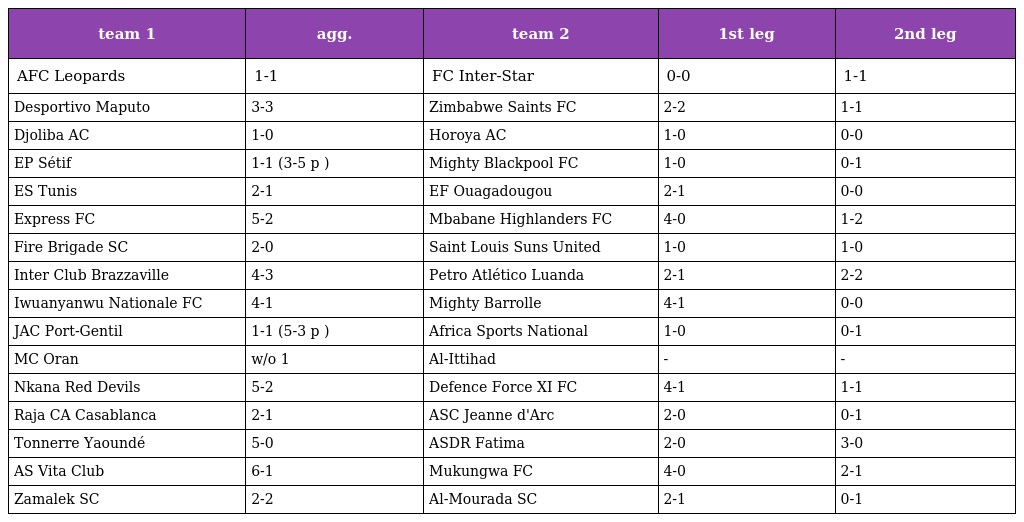
| team 1 | agg. | team 2 | 1st leg | 2nd leg |
 | --- | --- | --- | --- | --- |
 | AFC Leopards | 1-1 | FC Inter-Star | 0-0 | 1-1 |
 | Desportivo Maputo | 3-3 | Zimbabwe Saints FC | 2-2 | 1-1 |
 | Djoliba AC | 1-0 | Horoya AC | 1-0 | 0-0 |
 | EP Sétif | 1-1 (3-5 p ) | Mighty Blackpool FC | 1-0 | 0-1 |
 | ES Tunis | 2-1 | EF Ouagadougou | 2-1 | 0-0 |
 | Express FC | 5-2 | Mbabane Highlanders FC | 4-0 | 1-2 |
 | Fire Brigade SC | 2-0 | Saint Louis Suns United | 1-0 | 1-0 |
 | Inter Club Brazzaville | 4-3 | Petro Atlético Luanda | 2-1 | 2-2 |
 | Iwuanyanwu Nationale FC | 4-1 | Mighty Barrolle | 4-1 | 0-0 |
 | JAC Port-Gentil | 1-1 (5-3 p ) | Africa Sports National | 1-0 | 0-1 |
 | MC Oran | w/o 1 | Al-Ittihad | - | - |
 | Nkana Red Devils | 5-2 | Defence Force XI FC | 4-1 | 1-1 |
 | Raja CA Casablanca | 2-1 | ASC Jeanne d'Arc | 2-0 | 0-1 |
 | Tonnerre Yaoundé | 5-0 | ASDR Fatima | 2-0 | 3-0 |
 | AS Vita Club | 6-1 | Mukungwa FC | 4-0 | 2-1 |
 | Zamalek SC | 2-2 | Al-Mourada SC | 2-1 | 0-1 |